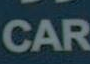
CAR